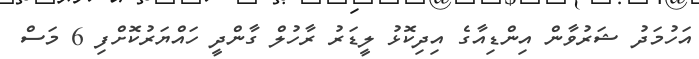
އަހުމަދު ޝަރުވާން އިންޑިއާގެ އިދިކޮޅު ލީޑަރު ރާހުލް ގާންދީ ހައްޔަރުކޮށްފި 6 މަސް